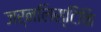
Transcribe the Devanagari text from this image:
जर्नलिस्टिकि